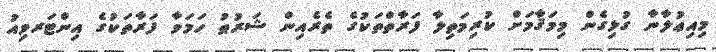
މިއިޢުލާނާ ގުޅިގެން މިމަޤާމަށް ކުރިމަތިލާ ފަރާތްތަކުގެ ތެރެއިން ޝަރުޠު ހަމަވާ ފަރާތަކުގެ އިންޓަރވިއު